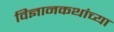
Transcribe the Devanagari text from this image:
विज्ञानकथांच्या